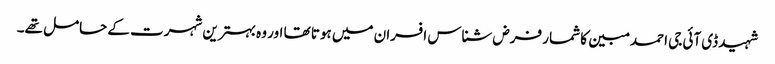
شہید ڈی آئی جی احمد مبین کا شمار فرض شناس افسران میں ہوتا تھا اور وہ بہترین شہرت کے حامل تھے۔